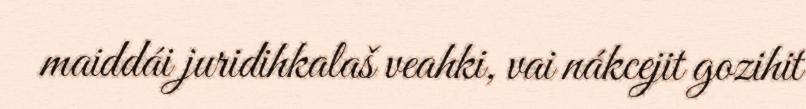
maiddái juridihkalaš veahki, vai nákcejit gozihit